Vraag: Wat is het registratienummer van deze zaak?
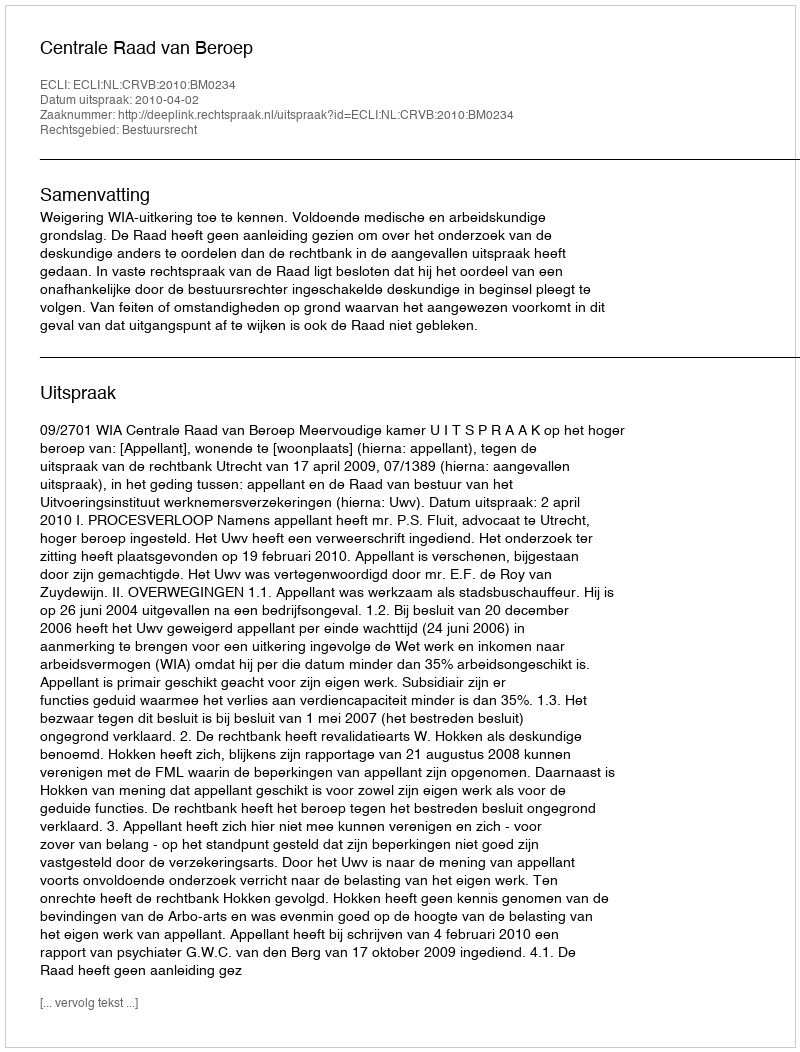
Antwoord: http://deeplink.rechtspraak.nl/uitspraak?id=ECLI:NL:CRVB:2010:BM0234